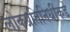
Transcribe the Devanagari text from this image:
लोकप्रतिनिधींकडे